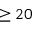
\ge 2 0